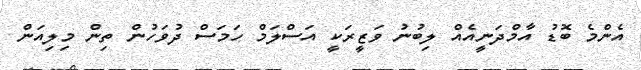
އެންމެ ބޮޑު އާމްދަނީއެއް ލިބުނު ވަޒީރަކީ އަސްލަމް ހަމަސް ދުވަހުން ތިން މިލިއަން